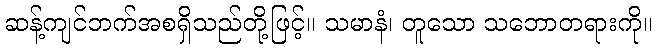
ဆန့်ကျင်ဘက်အစရှိသည်တို့ဖြင့်။ သမာနံ၊ တူသော သဘောတရားကို။